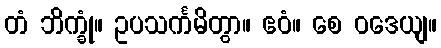
တံ ဘိက္ခုံ။ ဥပသင်္ကမိတွာ။ ဧဝံ။ စေ ဝဒေယျ။